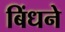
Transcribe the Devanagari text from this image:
बिंधने